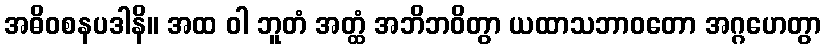
အဓိဝစနပဒါနိ။ အထ ဝါ ဘူတံ အတ္ထံ အဘိဘဝိတွာ ယထာသဘာဝတော အဂ္ဂဟေတွာ